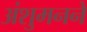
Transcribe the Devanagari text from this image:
अंशुमनने